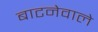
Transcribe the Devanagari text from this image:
बाटनेवाले